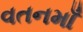
વતનમાઁ